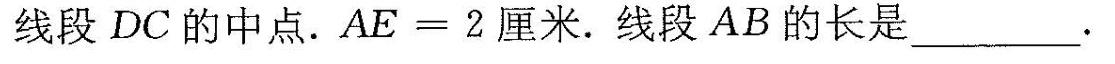
线段DC的中点。$$A E = 2$$厘米。线段AB的长是______.